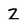
Character: Z